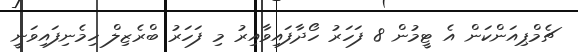
ޗެމްޕިއަންކަން އެ ޓީމުން 8 ފަހަރު ހޯދާފައިވާއިރު މި ފަހަރު ބްރެޒިލް ހިމެނިފައިވަނީ